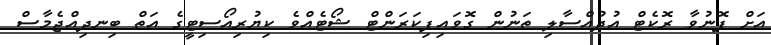
އަށް ފޮނުވާ ރޮކެޓް އުދުއްސާލި ތަނުން ގޮވައިފިކަރަންޓް ޝޯޓެއްވެ ކިޔުރިއޯސިޓީގެ އަތް ބިނދިއްޖެމާސް